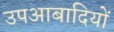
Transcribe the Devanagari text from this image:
उपआबादियों